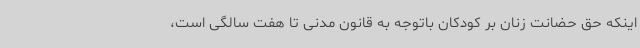
اینکه حق حضانت زنان بر کودکان باتوجه به قانون مدنی تا هفت سالگی است،